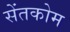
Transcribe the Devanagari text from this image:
सेंतकोम